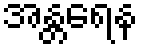
အန္တရေန